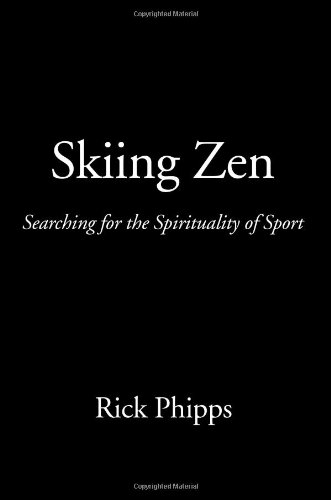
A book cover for Skiing Zen: Searching for the Spirituality of Sport; Rick Phipps; Travel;